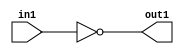
`timescale 1ps / 1ps
/*****************************************************************************
    Verilog RTL Description
    
    
    Created by: Stratus DpOpt 2019.1.01 
*******************************************************************************/

module st_weight_addr_gen_Not_1U_1U_4_8 (
	in1,
	out1
	); /* architecture "behavioural" */ 
input  in1;
output  out1;
wire  asc001;

assign asc001 = 
	((~in1));

assign out1 = asc001;
endmodule

/* CADENCE  urbzTwo= : u9/ySgnWtBlWxVPRXgAZ4Og= ** DO NOT EDIT THIS LINE ******/